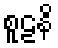
စူဠနိ